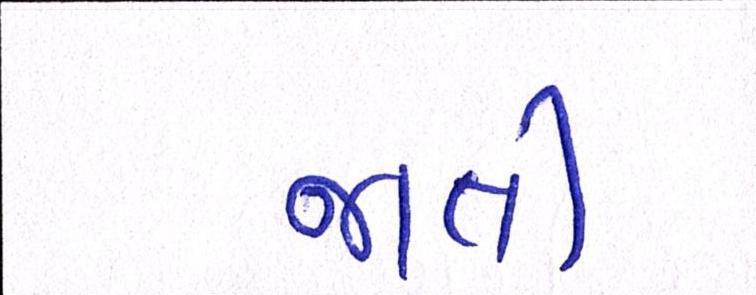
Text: જાતી